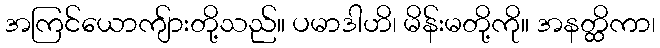
အကြင်ယောကျ်ားတို့သည်။ ပမာဒါဟိ၊ မိန်းမတို့ကို။ အနတ္ထိကာ၊